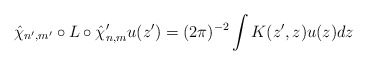
\begin{align*}\hat{\chi}_{n',m'}\circ L\circ\hat{\chi}'_{n,m} u(z')=(2\pi)^{-2}\int K(z',z)u(z) dz\end{align*}